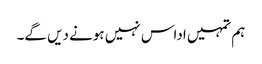
ہم تمہیں اداس نہیں ہونے دیں گے۔